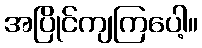
အပြိုင်ကျကြပေါ့။